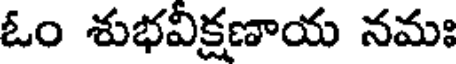
ఓం శుభవిక్షణాయ నమః